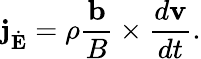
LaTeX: \mathbf{j}_{\dot{\mathbf{E}}}=\rho\frac{\mathbf{b}}{B}\times\frac{d\mathbf{v}}{dt}.